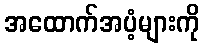
အထောက်အပံ့များကို